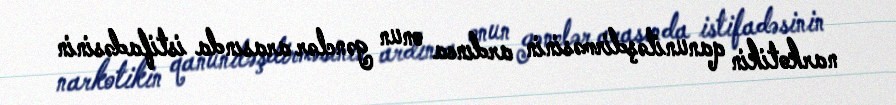
narkotikin qanuniləşdirməsinin ardınca onun gənclər arasında istifadəsinin